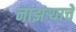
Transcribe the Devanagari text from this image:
नाझऱ्याचे